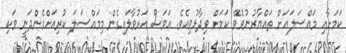
ކަމަށާއި މައްސަލައަށް ތައްޔާރުނުވެވޭ ކަމަށް ވިދާޅުވިއެވެ. އަވަސް އަރުވާލައިގެން މިމައްސަލަ ކުރިއަށްގެންދަނީ ވަކި